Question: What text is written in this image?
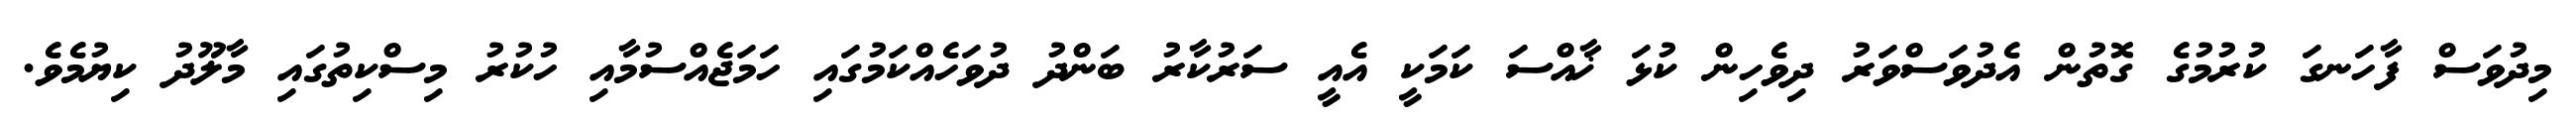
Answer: މިދުވަސް ފާހަނގަ ކުރުމުގެ ގޮތުން އެދުވަސްވަރު ދިވެހިން ކުޅަ ޚާއްސަ ކަމަކީ އެއީ ސަރުކާރު ބަންދު ދުވަހެއްކަމުގައި ހަމަޖެއްސުމާއި ހުކުރު މިސްކިތުގައި މާލޫދު ކިޔުމެވެ.